Mental hospitals Bombay report 1921-28 - 1921-1928
Year: 1921
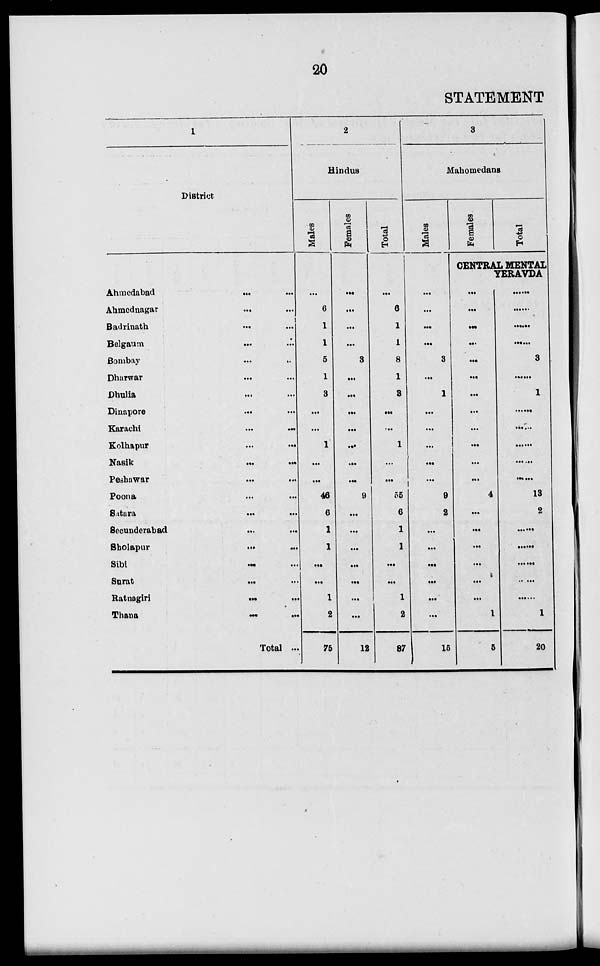
20
STATEMENT
1
District
Ahmedabad
...
...
Ahmednagar ... ...
Badrinath ... ...
Belgaum ... ...
Bombay
...
...
Dharwar ... ...
Dhulia ... ...
Dinapore ... ...
Karachi
...
...
Kolhapur
...
...
Nasik ... ...
Peshawar ... ...
Poona ... ...
Satara ... ...
Secunderabad ... ...
Sholapur
...
...
Sibi ... ...
Surat ... ...
Ratnagiri ... ...
Thana
...
...
Total ...
2
Hindus
Males
...
6
1
1
5
1
3
...
...
1
...
...
46
6
1
1
...
...
1
2
75
Females
...
...
...
...
3
...
...
...
...
...
...
...
9
...
...
...
...
...
...
...
12
Total
...
6
1
1
8
1
3
...
...
1
...
...
55
6
1
1
...
...
1
2
87
3
Mahomedans
Males
...
...
...
...
3
...
1
...
...
...
...
...
9
2
...
...
...
...
...
...
15
Females
Total
CENTRAL MENTAL
YERAVDA
...
...
...
...
...
...
...
...
...
...
...
...
4
...
...
...
...
...
...
1
5
......
......
......
......
3
......
1
......
......
......
......
......
13
2
......
......
......
......
......
1
20